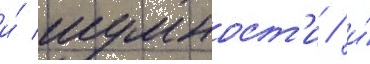
и́ шумност'и / и́